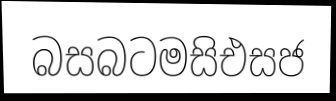
බසබටමසිඑසජ